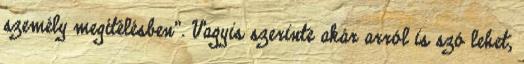
személy megítélésben”. Vagyis szerinte akár arról is szó lehet,